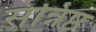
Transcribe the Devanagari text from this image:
सन्निष्ठ